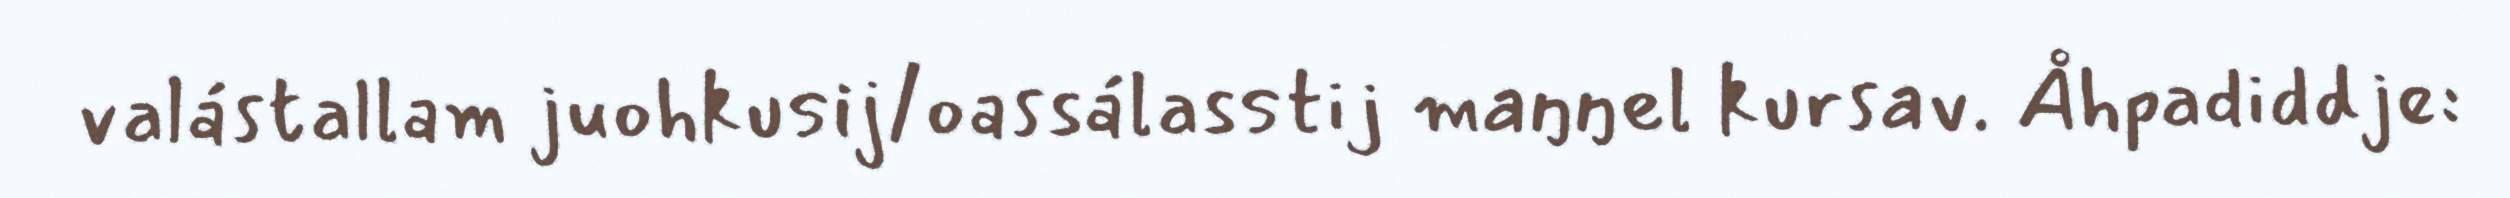
valástallam juohkusij/oassálasstij maŋŋel kursav. Åhpadiddje: